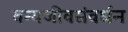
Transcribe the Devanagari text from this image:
वन्यजीवसंवर्धन